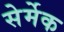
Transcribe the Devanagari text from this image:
सेर्मेक